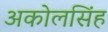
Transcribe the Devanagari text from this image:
अकोलसिंह